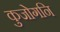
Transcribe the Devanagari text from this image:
कुजोगनि